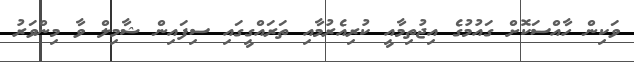
ވަކިން ހާއްސަކޮށް ގައުމުގެ އިޖުތިމާއީ ކުރިއެރުމާއި ތަރައްގީގައި ސިފައިން ޝާމިލް ވާ މިންވަރު